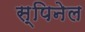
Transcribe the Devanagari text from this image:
स्पिनेल